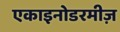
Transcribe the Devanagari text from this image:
एकाइनोडरमीज़